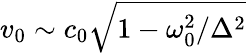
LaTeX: v_{0}\sim c_{0}\sqrt{1-\omega_{0}^{2}/\Delta^{2}}